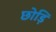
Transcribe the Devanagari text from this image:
छोड़ि